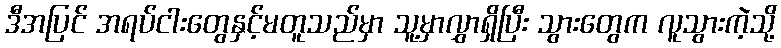
ဒီအပြင် အရပ်ငါးတွေနှင့်မတူသည်မှာ သူ့မှာလွှာရှိပြီး သွားတွေက လူသွားကဲ့သို့